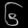
Digit: ၆